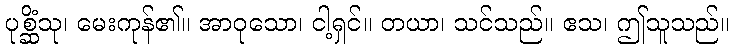
ပုစ္ဆိံသု၊ မေးကုန်၏။ အာဝုသော၊ ငါ့ရှင်။ တယာ၊ သင်သည်။ ဧသ၊ ဤသူသည်။